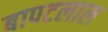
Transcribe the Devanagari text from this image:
बापटलाल